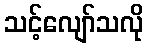
သင့်လျော်သလို